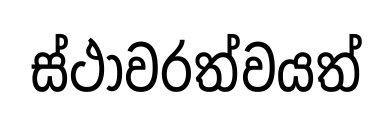
ස්ථාවරත්වයත්